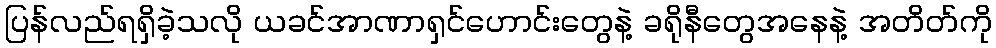
ပြန်လည်ရရှိခဲ့သလို ယခင်အာဏာရှင်ဟောင်းတွေနဲ့ ခရိုနီတွေအနေနဲ့ အတိတ်ကို